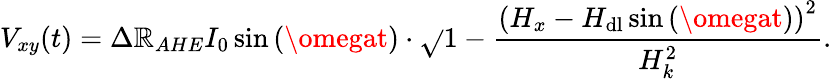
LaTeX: V_{xy}(t)=\Delta\mathbb{R}_{AHE}I_{0}\sin{(\omegat)}\cdot\sqrt{}{{1-\frac{{\left(H_{x}-H_{\mathrm{{dl}}}\sin{(\omegat)}\right)^{2}}}{{H_{k}^{2}}}}}.